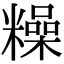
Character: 𥼾